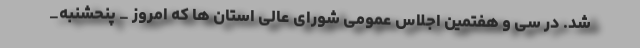
شد. در سی و هفتمین اجلاس عمومی شورای عالی استان ها که امروز _ پنحشنبه_